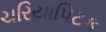
ચરિયાપિટક